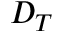
D _ { T }